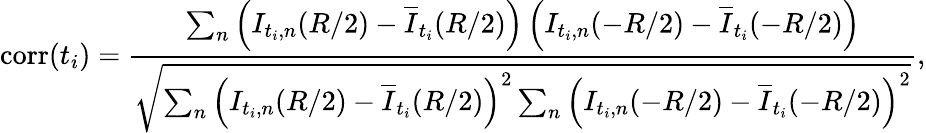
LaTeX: \mathrm{corr}(t_{i})=\frac{\sum_{n}\left(I_{t_{i},n}(R/2)-\overline{{I}}_{t_{i}}(R/2)\right)\left(I_{t_{i},n}(-R/2)-\overline{{I}}_{t_{i}}(-R/2)\right)}{\sqrt{\sum_{n}\left(I_{t_{i},n}(R/2)-\overline{{I}}_{t_{i}}(R/2)\right)^{2}\sum_{n}\left(I_{t_{i},n}(-R/2)-\overline{{I}}_{t_{i}}(-R/2)\right)^{2}}},